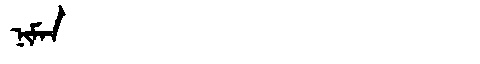
Manchu: ᠨᡳᠮᠠᠨ
Romanization: NIMAN